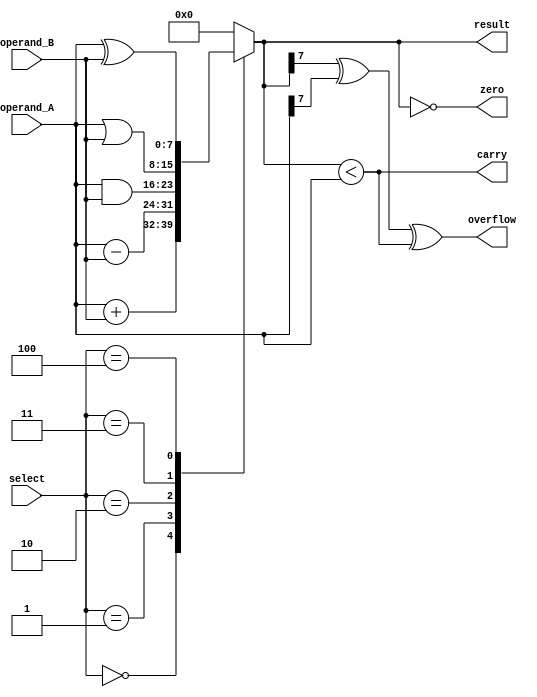
module ALU(
    input [7:0] operand_A,
    input [7:0] operand_B,
    input [2:0] select,
    output reg [7:0] result,
    output reg zero,
    output reg carry,
    output reg overflow
);

always @ (select or operand_A or operand_B)
begin
    case(select)
        3'b000: result = operand_A + operand_B; // addition
        3'b001: result = operand_A - operand_B; // subtraction
        3'b010: result = operand_A & operand_B; // bitwise AND
        3'b011: result = operand_A | operand_B; // bitwise OR
        3'b100: result = operand_A ^ operand_B; // bitwise XOR
        default: result = 8'h00; // default to 0
    endcase
    
    zero = (result == 8'h00);
    carry = (result < operand_A);
    overflow = (result[7] ^ operand_A[7] ^ carry);
    
end

endmodule